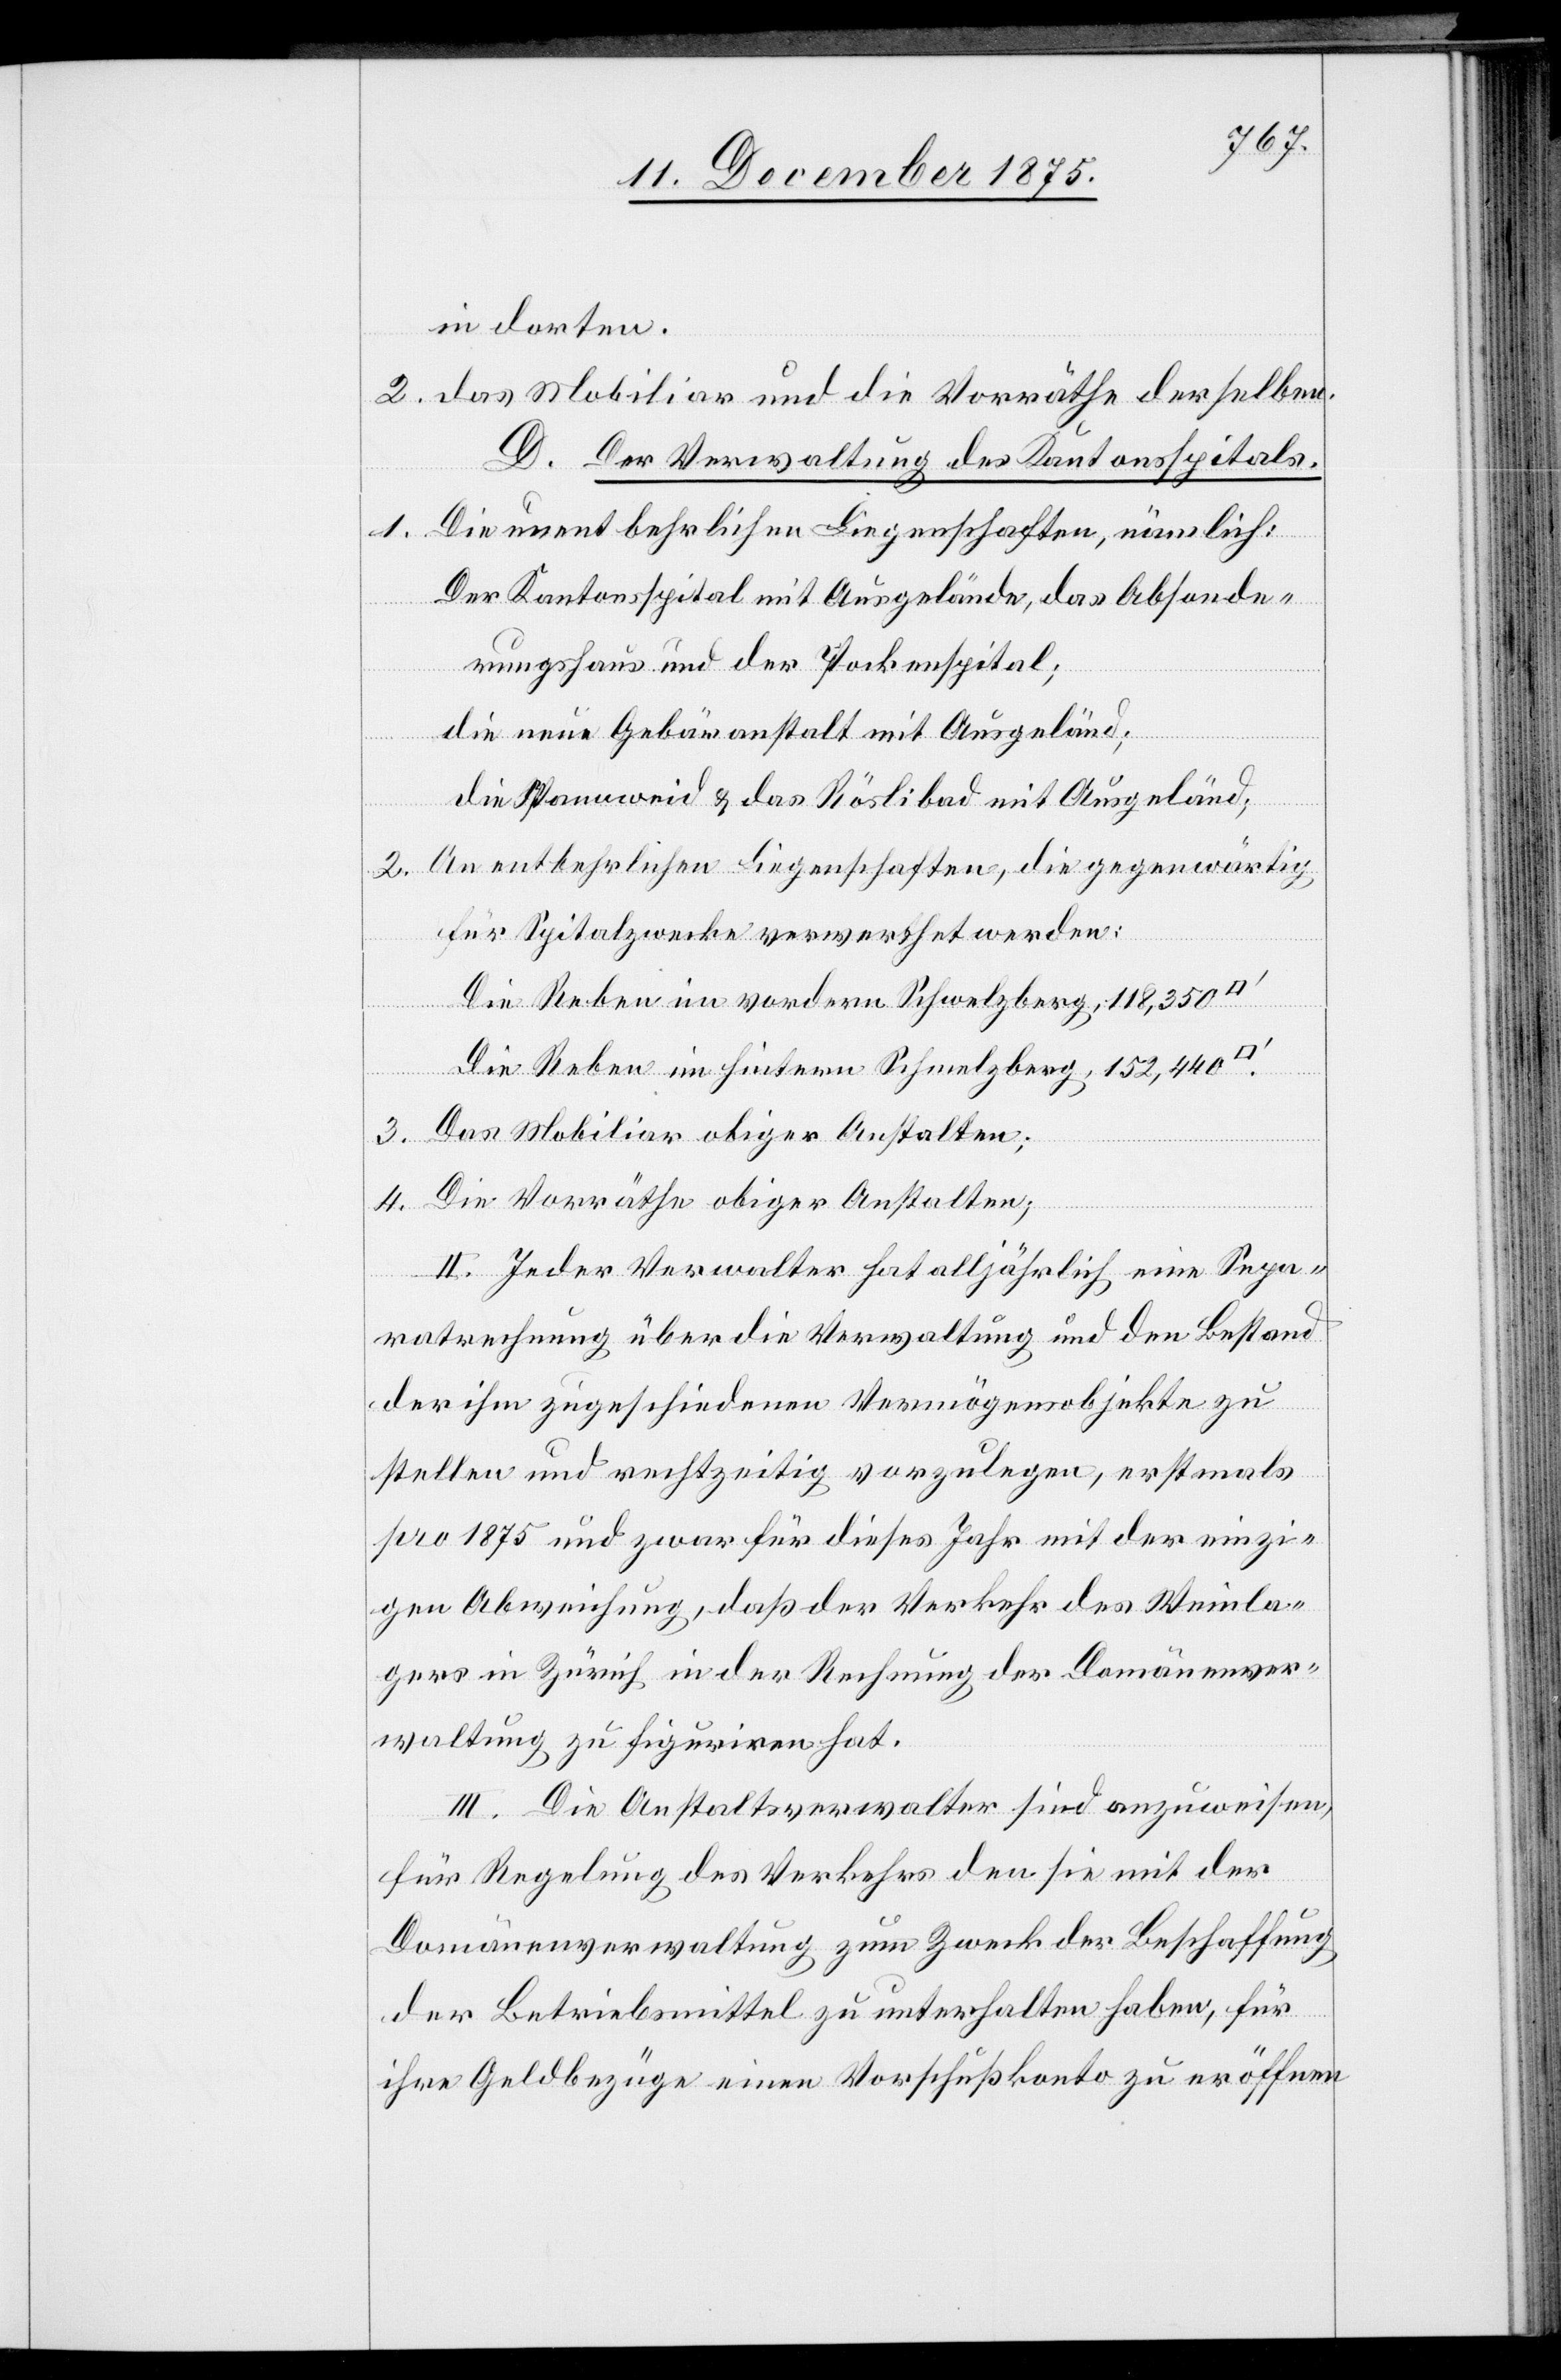
in dorten
D. Der Verwaltung des Kantonsspitals.
1. Die unentbehrlichen Liegenschaften, nämlich:
Der Kantonsspital mit Ausgelände, das Absonde¬
2.
rungshaus und der Pockenspital;
die neue Gebäranstalt mit Ausgelände;
die Spannweid & das Röslibad mit Ausgeländ[e];
2. An entbehrlichen Liegenschaften, die gegenwärtig
für Spitalzwecke verwerthet werden:
Die Reben im vordern Schmelzberg, 118,350
Die Reben im hintern Schmelzberg, 152,440
3. Das Mobiliar obiger Anstalten;
4. Die Vorräthe obiger Anstalten;
und die
II. Jeder Verwalter hat alljährlich eine Sepa¬
ratrechnung über die Verwaltung und den Bestand
der ihm zugeschiedenen Vermögensobjekte zu
stellen und rechtzeitig vorzulegen, erstmals
pro 1875 und zwar für dieses Jahr mit der einzi¬
gen Abweichung, daß der Verkehr des Weinla¬
gers in Zürich in der Rechnung der Domänenver¬
waltung zu figuriren hat.
III. Die Anstaltsverwalter sind anzuweisen,
für Regelung des Verkehrs den sie mit der
Domänenverwaltung zum Zweck der Beschaffung
der Betriebsmittel zu unterhalten haben, für
ihre Geldbezüge einen Vorschußkonto zu eröffnen